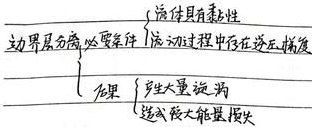
边界层分离必要条件$\begin{cases}\text{流体具有黏性}\\\text{流动过程中存在逆压梯度}\end{cases}$，结果$\begin{cases}\text{产生大量旋涡}\\\text{造成较大能量损失}\end{cases}$